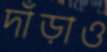
দাঁড়াও